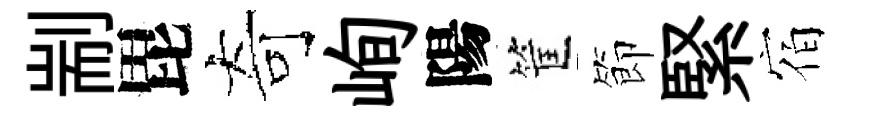
剬毘奇峋陽筐節緊宿